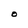
Character: O